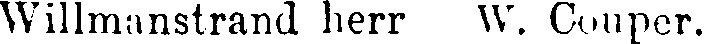
Willmanstrand herr W. Couper.